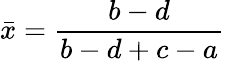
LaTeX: \bar{x}=\frac{{b-d}}{{b-d+c-a}}